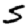
Digit: 5